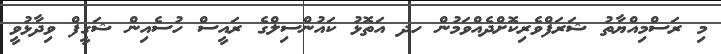
މި ރަސްމިއްޔާތު ޝަރަފްވެރިކޮށްދެއްވަމުން ހދ އަތޮޅު ކައުންސިލްގެ ރައީސް ހުސެއިން ޝަގީފް ވިދާޅުވީ